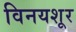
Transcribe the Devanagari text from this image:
विनयशूर